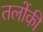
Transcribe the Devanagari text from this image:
तलोंकी